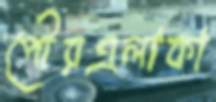
পৌরএলাকা